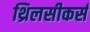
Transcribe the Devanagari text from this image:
थ्रिलसीकर्स